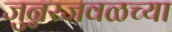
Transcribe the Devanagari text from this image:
जुन्नरजवळच्या